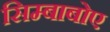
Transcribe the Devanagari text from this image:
सिम्बाबोए